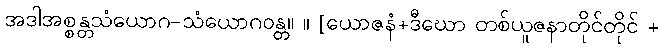
အဒါအစ္စန္တသံယောဂ-သံယောဂဝန္တ။ ။ [ယောဇနံ+ဒီဃော တစ်ယူဇနာတိုင်တိုင် +